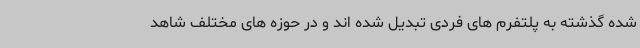
شده گذشته به پلتفرم های فردی تبدیل شده اند و در حوزه های مختلف شاهد